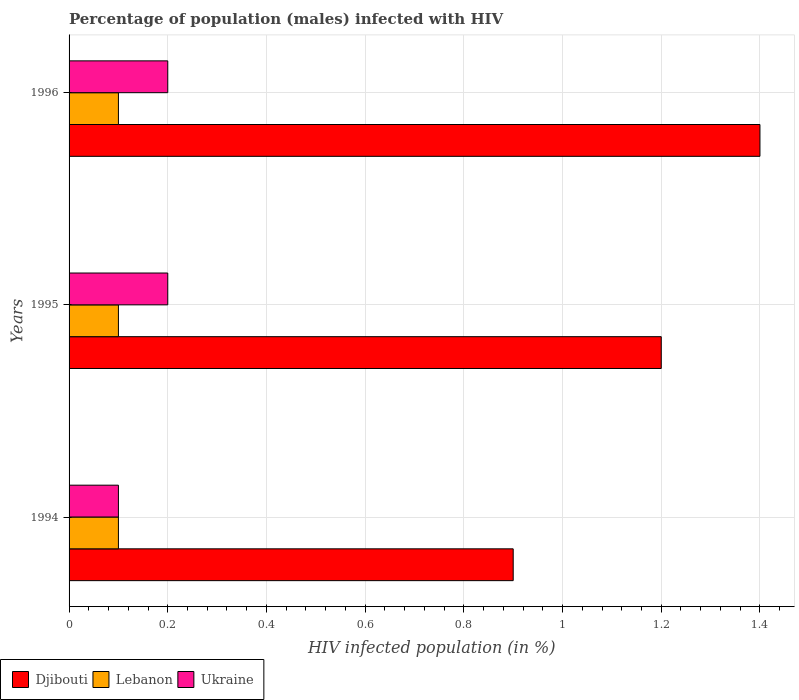
| Years | Djibouti | Lebanon | Ukraine |
 | --- | --- | --- | --- |
 | 1994 | 0.9 | 0.1 | 0.1 |
 | 1995 | 1.2 | 0.1 | 0.2 |
 | 1996 | 1.4 | 0.1 | 0.2 |